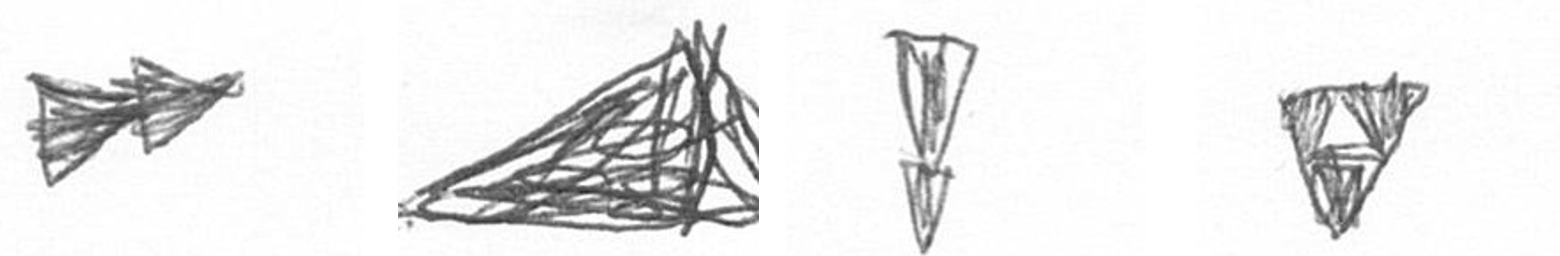
A O Z S